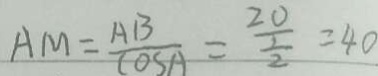
A M = \frac { A B } { \cos A } = \frac { 2 0 } { \frac { 1 } { 2 } } = 4 0